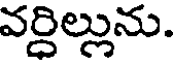
వర్ధిల్లును.